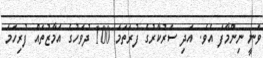
ވަނީ ނިންމާފަ އެވެ. އަދި ސަރުކާރުގެ ފުރަތަމަ 100 ދުވަހުގެ އަމާޒުތައް ފުރިހަމަ